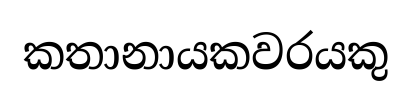
කතානායකවරයකු